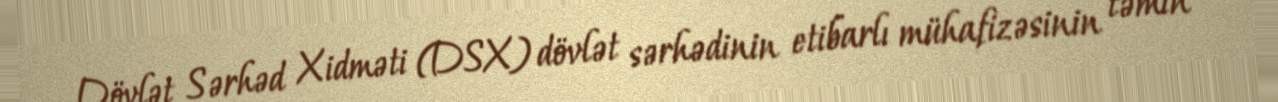
Dövlət Sərhəd Xidməti (DSX) dövlət sərhədinin etibarlı mühafizəsinin təmin